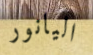
اليانور